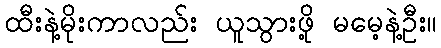
ထီးနဲ့မိုးကာလည်း ယူသွားဖို့ မမေ့နဲ့ဦး။